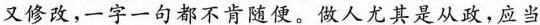
又修改，一字一句都不肯随便。做人尤其是从政，应当